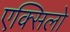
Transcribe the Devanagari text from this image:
एक्सिलो